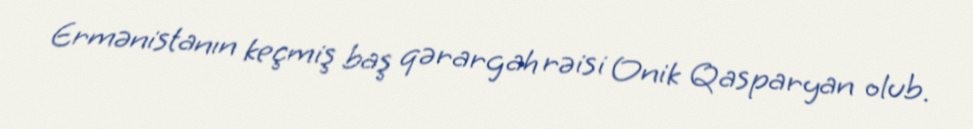
Ermənistanın keçmiş baş qərargah rəisi Onik Qasparyan olub.